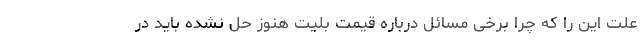
علت این را ‌که چرا برخی مسائل درباره قیمت بلیت هنوز حل نشده باید در